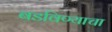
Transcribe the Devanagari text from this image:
बडविण्याचा